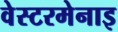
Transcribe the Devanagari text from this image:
वेस्टरमेनाइ